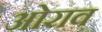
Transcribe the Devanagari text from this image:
ओराव